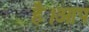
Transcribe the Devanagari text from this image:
है।आप